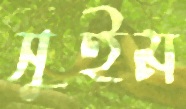
সুইম